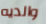
والديه